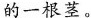
的一根茎。